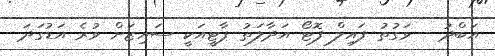
އަބްދު - ވަގުތު ފައިލް ފޮޓޯ އަދާލަތު ޕާޓީއަކީ ސައިޒަށް ވުރެ އަޑުގަދަ